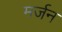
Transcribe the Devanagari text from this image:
मर्जन